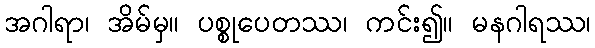
အဂါရာ၊ အိမ်မှ။ ပစ္စုပေတဿ၊ ကင်း၍။ မနဂါရဿ၊